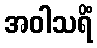
အဝါသရိံ